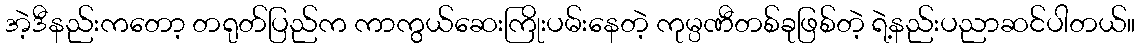
အဲ့ဒီနည်းကတော့ တရုတ်ပြည်က ကာကွယ်ဆေးကြိုးပမ်းနေတဲ့ ကုမ္ပဏီတစ်ခုဖြစ်တဲ့ ရဲ့နည်းပညာဆင်ပါတယ်။